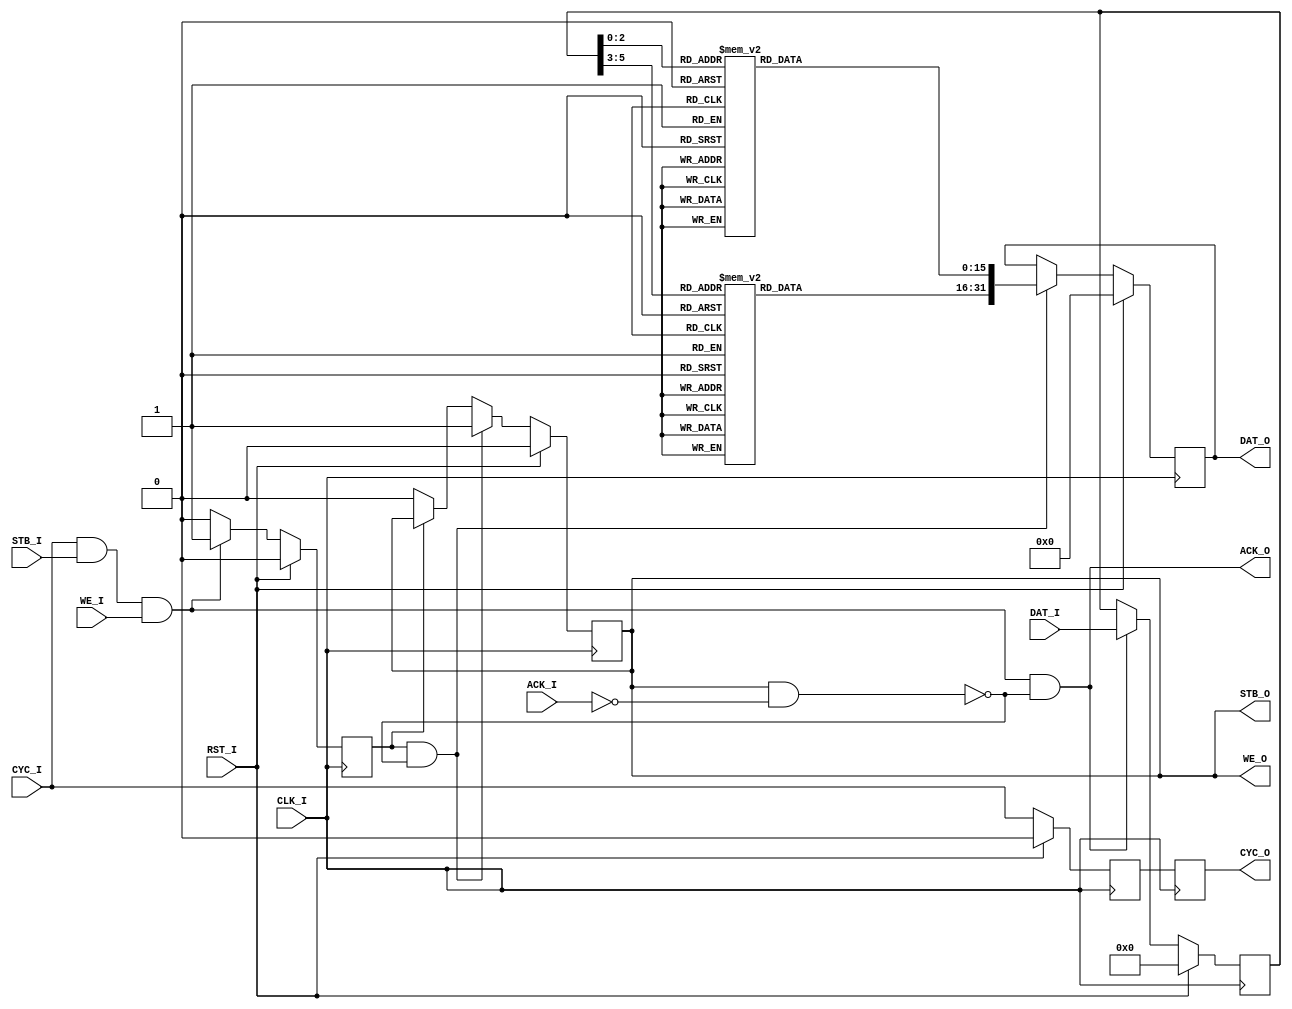
`timescale 1ns / 1ps
//////////////////////////////////////////////////////////////////////////////////
// Company: 
// Engineer: 
// 
// Design Name: 
// Module Name:    QAM64_Mod 
// Project Name: 
// Target Devices: 
// Tool versions: 
// Description: 
//
// Dependencies: 
//
// Revision: 
// Revision 0.01 - File Created
// Additional Comments: 
//
//////////////////////////////////////////////////////////////////////////////////
`define Qn7 16'h8001
`define Qn5 16'h9D3F
`define Qn3 16'hC2BF
`define Qn1 16'hEC40
`define Qp1 16'h13C0
`define Qp3 16'h3B41
`define Qp5 16'h62C1
`define Qp7 16'h7FFF

module QAM64_Mod(
	input 			CLK_I, RST_I,
	input [5:0] 	DAT_I,
	input 			CYC_I, WE_I, STB_I, 
	output			ACK_O,
	
	output reg [31:0]	DAT_O,
	output reg			CYC_O, STB_O,
	output				WE_O,
	input					ACK_I	
    );

reg [5:0]	idat;
reg			ival;	
wire 			out_halt, ena;

reg [15:0] 	datout_Re, datout_Im;

assign 	out_halt = STB_O & (~ACK_I);
assign 	ena 		= CYC_I & STB_I & WE_I;
assign 	ACK_O 	= ena &(~out_halt);


	
always @(posedge CLK_I) begin
	if(RST_I) 			idat<= 6'b000000;
	else if(ACK_O) 	idat <= DAT_I;
end

always @(posedge CLK_I) begin
	if(RST_I) 			ival <= 1'b0;
	else if(ena)		ival <= 1'b1;
	else					ival <= 1'b0;
end

always @(posedge CLK_I)
begin
	if(RST_I)	begin
		STB_O <= 1'b0;
		DAT_O <= 32'b0;
		end
	else if(ival & (~out_halt)) begin	
		DAT_O <= {datout_Im, datout_Re};	
		STB_O <= 1'b1;
		end	
	else if(~ival) begin	
		STB_O <= 1'b0;
		end
end

reg icyc;
always @(posedge CLK_I)
begin
	if(RST_I)		icyc <= 1'b0;		
	else				icyc <= CYC_I;	
end
always @(posedge CLK_I)
begin
	if(RST_I)		CYC_O	<= icyc;			
	else 				CYC_O	<= icyc;
end

assign WE_O = STB_O;

always @(*) begin
	case (idat[5:3])
      3'b000 :	datout_Im = `Qn7;
		3'b100 : datout_Im = `Qn5;
		3'b110 :	datout_Im = `Qn3;
		3'b010 : datout_Im = `Qn1;
		3'b011 : datout_Im = `Qp1;
		3'b111 : datout_Im = `Qp3;
		3'b101 : datout_Im = `Qp5;
		3'b001 : datout_Im = `Qp7;
		default: datout_Im = 16'd0;
	endcase
end

always @(*) begin
	case (idat[2:0])
      3'b000 :	datout_Re = `Qn7;
		3'b100 : datout_Re = `Qn5;
		3'b110 :	datout_Re = `Qn3;
		3'b010 : datout_Re = `Qn1;
		3'b011 : datout_Re = `Qp1;
		3'b111 : datout_Re = `Qp3;
		3'b101 : datout_Re = `Qp5;
		3'b001 : datout_Re = `Qp7;
		default: datout_Re = 16'd0;
	endcase
end

endmodule